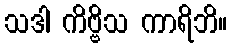
သဒါ ကိဗ္ဗိသ ကာရိဘိ။